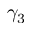
\gamma _ { 3 }